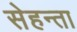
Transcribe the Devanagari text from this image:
सेहन्‍ता